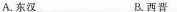
A.东汉 B.西晋